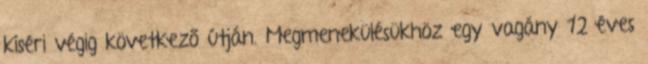
kíséri végig következő útján. Megmenekülésükhöz egy vagány 12 éves